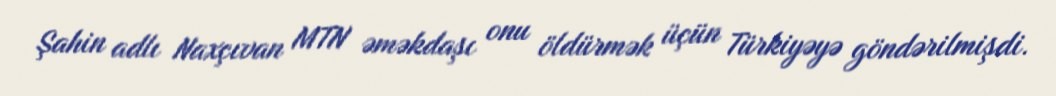
Şahin adlı Naxçıvan MTN əməkdaşı onu öldürmək üçün Türkiyəyə göndərilmişdi.